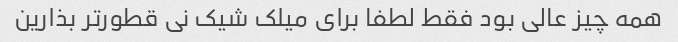
همه چیز عالی بود فقط لطفا برای میلک شیک نی قطور‌تر بذارین